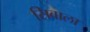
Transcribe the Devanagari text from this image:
सिवाला